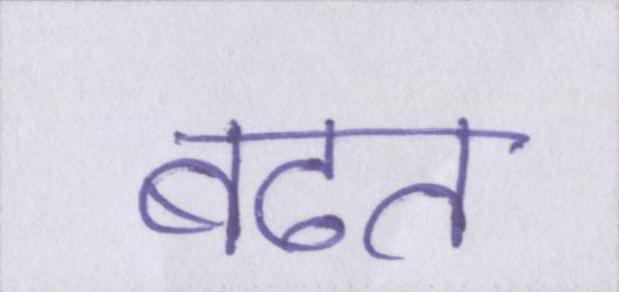
बढत